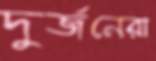
দুর্জনেরা